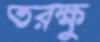
তরক্ষু